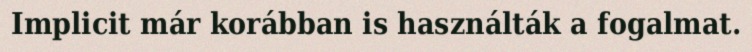
Implicit már korábban is használták a fogalmat.